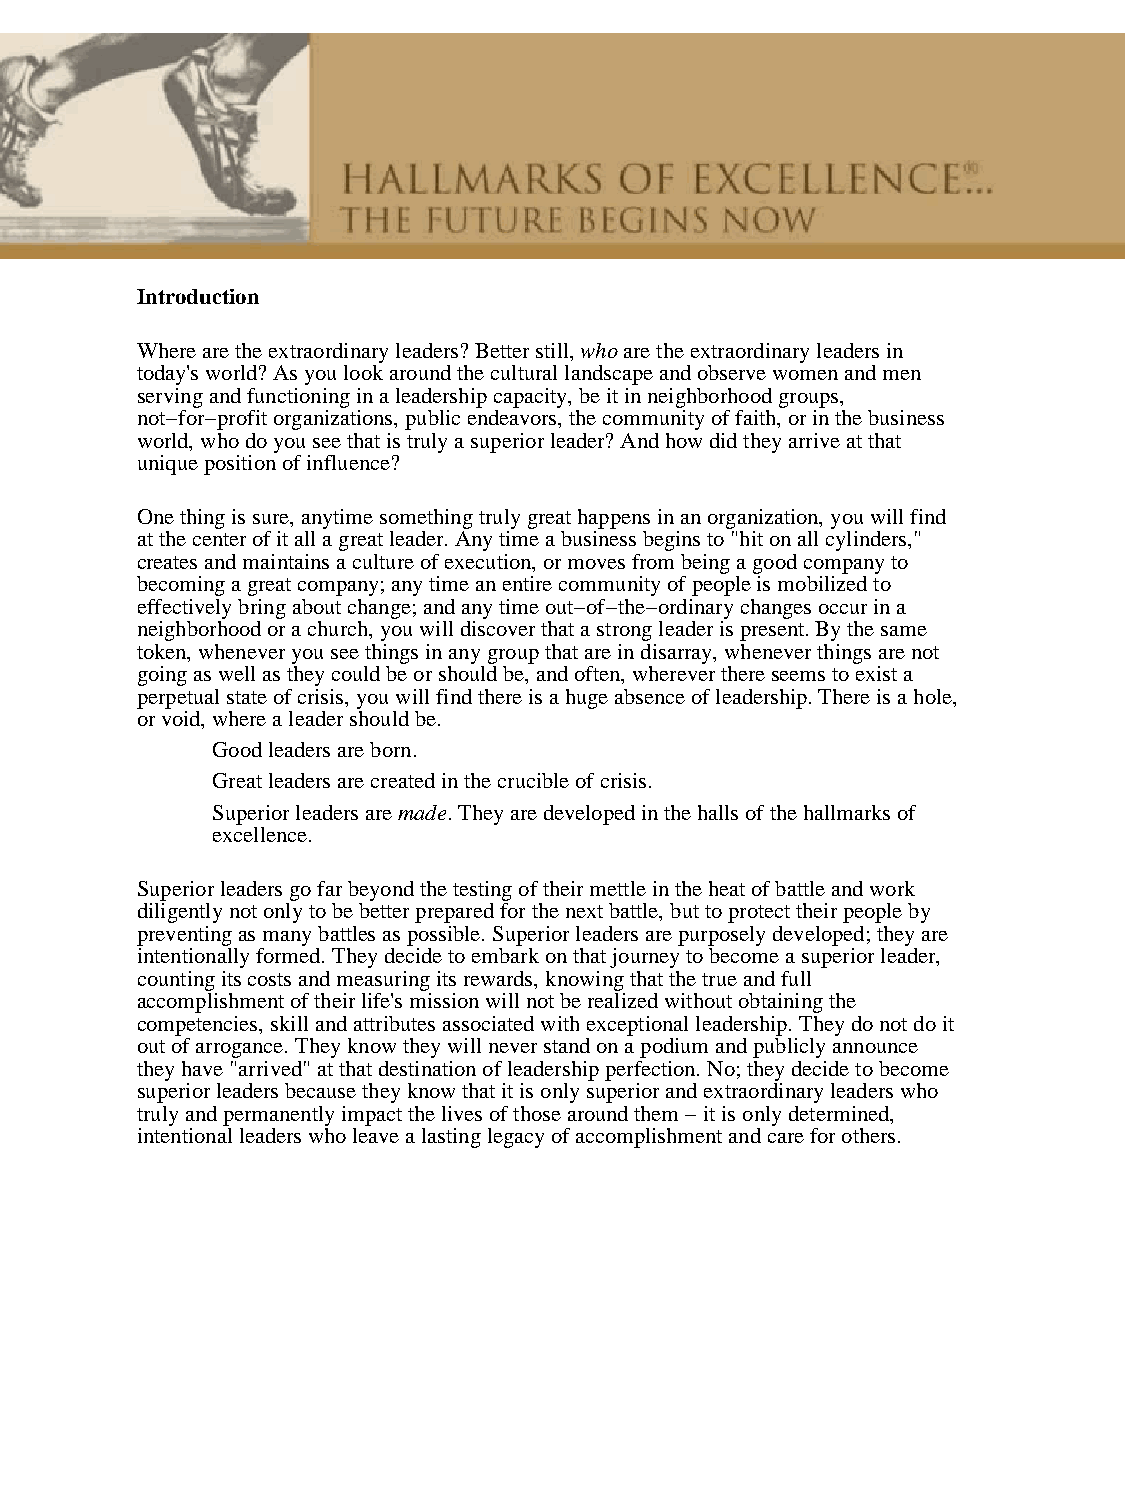
Introduction
 Where are the extraordinary leaders? Better still, who are the extraordinary leaders in
 today's world? As you look around the cultural landscape and observe women and men
 serving and functioning in a leadership capacity, be it in neighborhood groups,
 not−for−profit organizations, public endeavors, the community of faith, or in the business
 world, who do you see that is truly a superior leader? And how did they arrive at that
 unique position of influence?
 One thing is sure, anytime something truly great happens in an organization, you will find
 at the center of it all a great leader. Any time a business begins to "hit on all cylinders,"
 creates and maintains a culture of execution, or moves from being a good company to
 becoming a great company; any time an entire community of people is mobilized to
 effectively bring about change; and any time out−of−the−ordinary changes occur in a
 neighborhood or a church, you will discover that a strong leader is present. By the same
 token, whenever you see things in any group that are in disarray, whenever things are not
 going as well as they could be or should be, and often, wherever there seems to exist a
 perpetual state of crisis, you will find there is a huge absence of leadership. There is a hole,
 or void, where a leader should be.
 Good leaders are born.
 Great leaders are created in the crucible of crisis.
 Superior leaders are made. They are developed in the halls of the hallmarks of
 excellence.
 Superior leaders go far beyond the testing of their mettle in the heat of battle and work
 diligently not only to be better prepared for the next battle, but to protect their people by
 preventing as many battles as possible. Superior leaders are purposely developed; they are
 intentionally formed. They decide to embark on that journey to become a superior leader,
 counting its costs and measuring its rewards, knowing that the true and full
 accomplishment of their life's mission will not be realized without obtaining the
 competencies, skill and attributes associated with exceptional leadership. They do not do it
 out of arrogance. They know they will never stand on a podium and publicly announce
 they have "arrived" at that destination of leadership perfection. No; they decide to become
 superior leaders because they know that it is only superior and extraordinary leaders who
 truly and permanently impact the lives of those around them − it is only determined,
 intentional leaders who leave a lasting legacy of accomplishment and care for others.